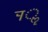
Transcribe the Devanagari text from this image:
र्‍ाॣ